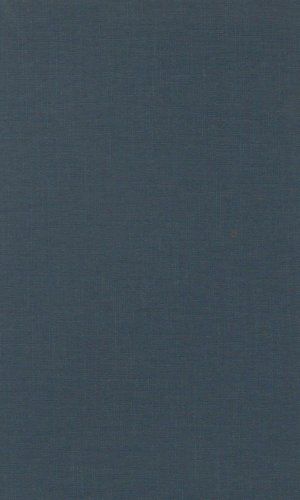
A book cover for Cold War Crucible; Elizabeth W. Hazard; History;